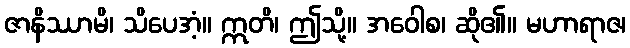
ဇာနိဿာမိ၊ သိပေအံ့။ ဣတိ၊ ဤသို့။ အဝေါစ၊ ဆို၏။ မဟာရာဇ၊